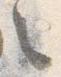
々